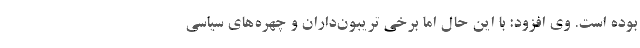
بوده است. وی افزود: با این حال اما برخی تریبون‌داران و چهره‌های سیاسی